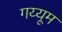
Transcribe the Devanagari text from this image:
गय्यूम